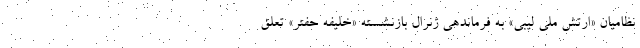
نظامیان «ارتش ملی لیبی» به فرماندهی ژنرال بازنشسته «خلیفه حفتر» تعلق